Indian journal of veterinary science and animal husbandry - Volume 4,
Year: 1934
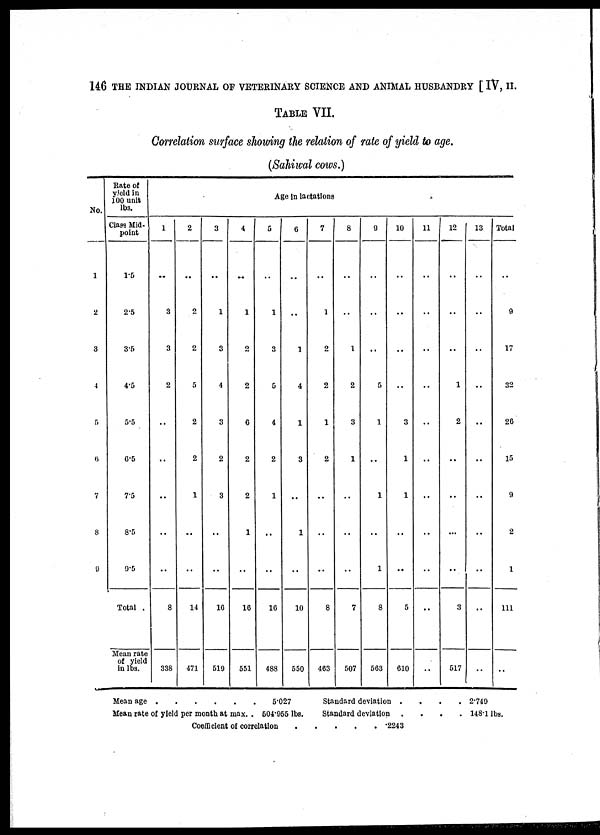
146 THE INDIAN JOURNAL OF VETERINARY SCIENCE AND ANIMAL HUSBANDRY [ IV, II.
TABLE VII.
Correlation surface showing the relation of rate of yield to age.
(Sahiwal cows.)
No.
1
2
3
4
5
6
7
8
9
Rate of
yield in
100 unit
lbs.
Class Mid-
point
1.5
2.5
3.5
4.5
5.5
6.5
7.5
8.5
9.5
Total .
Mean rate
of yield
in lbs.
1
..
3
3
2
..
..
..
..
..
8
338
2
..
2
2
5
2
2
1
..
..
14
471
3
..
1
3
4
3
2
3
..
..
16
519
4
..
1
2
2
6
2
2
1
..
16
551
Age in lactations
5
..
1
3
5
4
2
1
..
..
16
488
6
..
..
1
4
1
3
..
1
..
10
550
7
..
1
2
2
1
2
..
..
..
8
463
8
..
..
1
2
3
1
..
..
..
7
507
9
..
..
..
5
1
..
1
..
1
8
563
10
..
..
..
..
3
1
1
..
..
5
610
11
..
..
..
..
..
..
..
..
..
..
..
12
..
..
..
1
2
..
..
..
..
3
517
13
..
..
..
..
..
..
..
..
..
. .
..
Total
..
9
17
32
20
15
9
2
1
111
..
Mean age . . . . . . 5.027
Mean rate of yield per month at max. . 504.955 lbs.
Standard deviation . . . . 2.749
Standard deviation . . . . 148.1 lbs.
Coefficient of correlation
. . . . . .2243